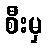
စီးမှ